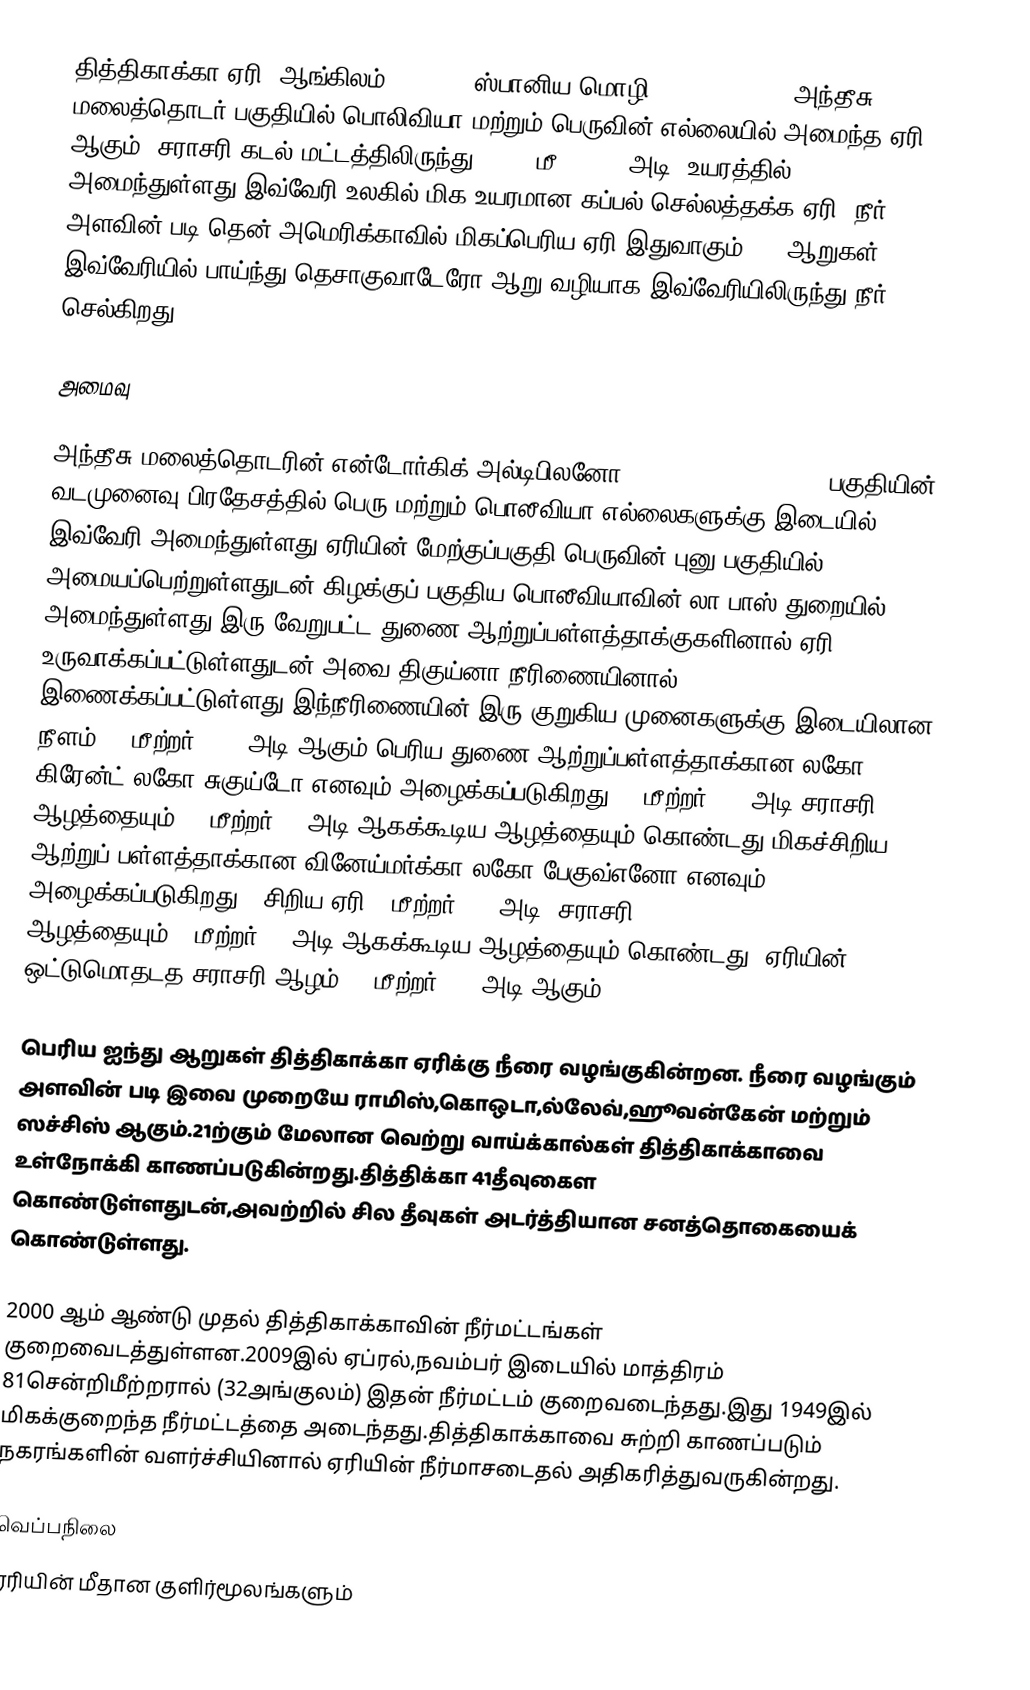
தித்திகாக்கா ஏரி (ஆங்கிலம்:Titicaca,ஸ்பானிய மொழி:Lago Titicaca)  அந்தீசு மலைத்தொடர் பகுதியில் பொலிவியா மற்றும் பெருவின் எல்லையில் அமைந்த ஏரி ஆகும். சராசரி கடல் மட்டத்திலிருந்து 3,812 மீ(12,507 அடி) உயரத்தில் அமைந்துள்ளது.இவ்வேரி உலகில் மிக உயரமான கப்பல் செல்லத்தக்க ஏரி. நீர் அளவின் படி தென் அமெரிக்காவில் மிகப்பெரிய ஏரி இதுவாகும்.  27 ஆறுகள் இவ்வேரியில் பாய்ந்து தெசாகுவாடேரோ ஆறு வழியாக இவ்வேரியிலிருந்து நீர் செல்கிறது.

அமைவு

அந்தீசு மலைத்தொடரின் என்டோர்கிக் அல்டிபிலனோ( endorheic Altiplano) பகுதியின் வடமுனைவு பிரதேசத்தில் பெரு மற்றும் பொலீவியா எல்லைகளுக்கு இடையில் இவ்வேரி அமைந்துள்ளது.ஏரியின் மேற்குப்பகுதி பெருவின் புனு பகுதியில் அமையப்பெற்றுள்ளதுடன்,கிழக்குப் பகுதிய பொலீவியாவின் லா பாஸ் துறையில் அமைந்துள்ளது.இரு வேறுபட்ட துணை ஆற்றுப்பள்ளத்தாக்குகளினால் ஏரி உருவாக்கப்பட்டுள்ளதுடன்,அவை திகுய்னா நீரிணையினால் இணைக்கப்பட்டுள்ளது.இந்நீரிணையின் இரு குறுகிய முனைகளுக்கு இடையிலான நீளம் 800மீற்றர்(2,620அடி)ஆகும்.பெரிய துணை ஆற்றுப்பள்ளத்தாக்கான லகோ கிரேன்ட்(லகோ சுகுய்டோ எனவும் அழைக்கப்படுகிறது)135மீற்றர்(443 அடி)சராசரி ஆழத்தையும்,284மீற்றர்(932அடி)ஆகக்கூடிய ஆழத்தையும் கொண்டது.மிகச்சிறிய ஆற்றுப் பள்ளத்தாக்கான வினேய்மர்க்கா(லகோ பேகுவ்எனோ எனவும் அழைக்கப்படுகிறது, "சிறிய ஏரி")9மீற்றர் (30 அடி) சராசரி ஆழத்தையும்,40மீற்றர்(131அடி)ஆகக்கூடிய ஆழத்தையும் கொண்டது. ஏரியின் ஒட்டுமொதடத சராசரி ஆழம் 107மீற்றர்(351 அடி)ஆகும்.

பெரிய ஐந்து ஆறுகள் தித்திகாக்கா ஏரிக்கு நீரை வழங்குகின்றன. நீரை வழங்கும் அளவின் படி இவை முறையே ராமிஸ்,கொஒடா,ல்லேவ்,ஹூவன்கேன் மற்றும் ஸச்சிஸ் ஆகும்.21ற்கும் மேலான வெற்று வாய்க்கால்கள் தித்திகாக்காவை உள்நோக்கி காணப்படுகின்றது.தித்திக்கா 41தீவுகைள கொண்டுள்ளதுடன்,அவற்றில் சில தீவுகள் அடர்த்தியான சனத்தொகையைக் கொண்டுள்ளது.

2000 ஆம் ஆண்டு முதல் தித்திகாக்காவின் நீர்மட்டங்கள் குறைவைடத்துள்ளன.2009இல் ஏப்ரல்,நவம்பர் இடையில் மாத்திரம் 81சென்றிமீற்றரால் (32அங்குலம்) இதன் நீர்மட்டம் குறைவடைந்தது.இது 1949இல் மிகக்குறைந்த நீர்மட்டத்தை அடைந்தது.தித்திகாக்காவை சுற்றி காணப்படும் நகரங்களின் வளர்ச்சியினால் ஏரியின் நீர்மாசடைதல் அதிகரித்துவருகின்றது.

வெப்பநிலை
ஏரியின் மீதான குளிர்மூலங்களும்